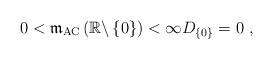
LaTeX: \begin{align*}0<\mathfrak{m}_{\mathrm{AC}}\left( \mathbb{R}\backslash \left\{ 0\right\}\right) <\infty D_{\left\{ 0\right\} }=0\ ,\end{align*}